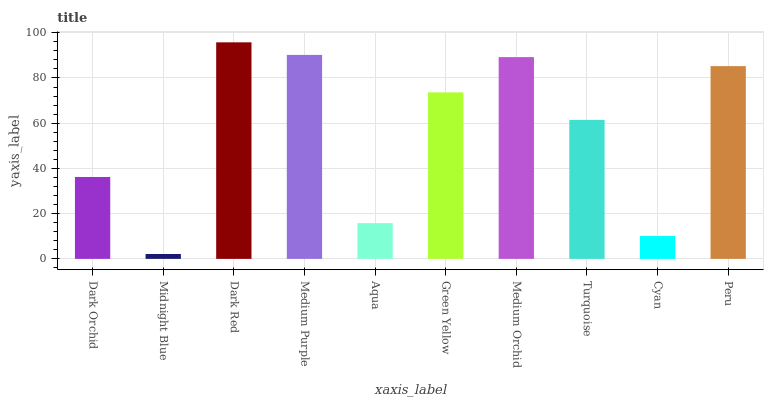
| xaxis_label | bars |
 | --- | --- |
 | Dark Orchid | 36.2 |
 | Midnight Blue | 2.16 |
 | Dark Red | 95.8 |
 | Medium Purple | 90.2 |
 | Aqua | 15.8 |
 | Green Yellow | 73.6 |
 | Medium Orchid | 89.2 |
 | Turquoise | 61.5 |
 | Cyan | 10.1 |
 | Peru | 85.2 |